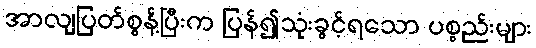
အာလျပြတ်စွန့်ပြီးက ပြန်၍သုံးခွင့်ရသော ပစ္စည်းများ